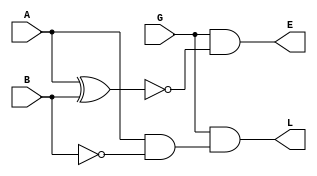
`timescale 1ns / 1ps
//////////////////////////////////////////////////////////////////////////////////
// Company: 
// Engineer: 
// 
// Design Name: 
// Module Name: code_Sosanh
// Project Name: 
// Target Devices: 
// Tool Versions: 
// Description: 
// 
// Dependencies: 
// 
// Revision:
// Revision 0.01 - File Created
// Additional Comments:
// 
//////////////////////////////////////////////////////////////////////////////////


module code_Sosanh(
    input A,
    input B,
    input G,
    output L,
    output E
    );
    
    assign L = G&(A&(~B));
    assign E = G&(~(A^B));
endmodule